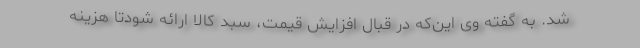
شد. به گفته وی این‌که در قبال افزایش قیمت، سبد کالا ارائه شودتا هزینه